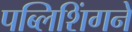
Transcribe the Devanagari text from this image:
पब्लिशिंगने